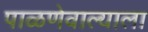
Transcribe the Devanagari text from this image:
पाळणेवाल्याला